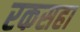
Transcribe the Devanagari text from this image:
रकसहा